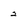
Character: 2